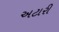
અટારી